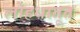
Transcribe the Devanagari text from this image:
लोहधातूत